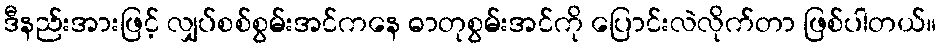
ဒီနည်းအားဖြင့် လျှပ်စစ်စွမ်းအင်ကနေ ဓာတုစွမ်းအင်ကို ပြောင်းလဲလိုက်တာ ဖြစ်ပါတယ်။